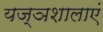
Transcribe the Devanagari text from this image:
यज्ञशालाएं